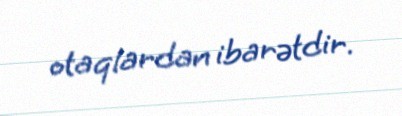
otaqlardan ibarətdir.